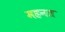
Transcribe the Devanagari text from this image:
महनत